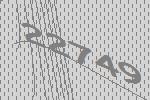
22749